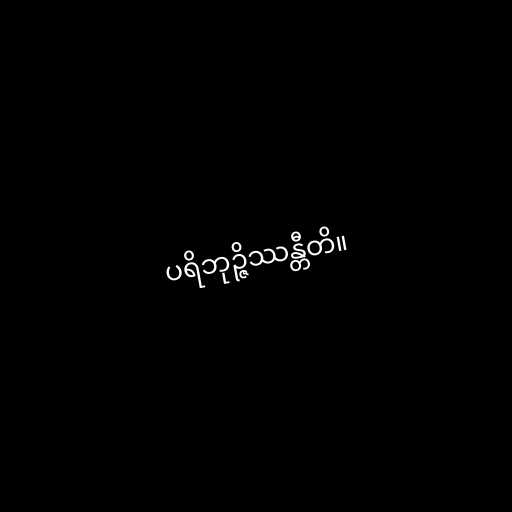
ပရိဘုဉ္ဇိဿန္တီတိ။